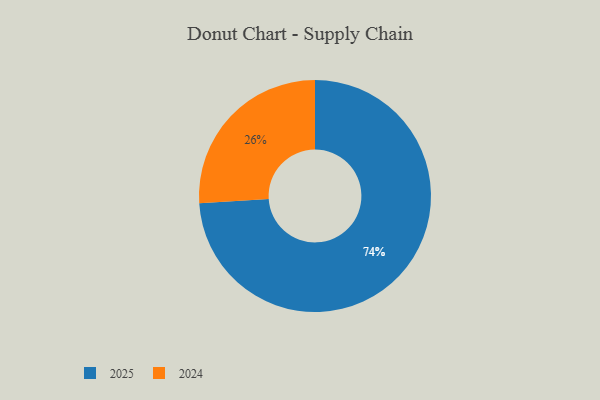
{"axis": {"x": "Category", "y": "Percentage"}, "legend": ["2024", "2025"], "data": [{"x": "2024", "y": 26, "type": "2024"}, {"x": "2025", "y": 74, "type": "2025"}]}